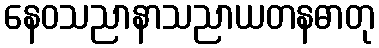
နေဝသညာနာသညာယတနဓာတု